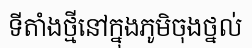
ទីតាំងថ្មីនៅក្នុងភូមិចុងថ្នល់